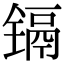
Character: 镉